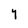
Character: Y